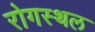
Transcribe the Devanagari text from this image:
रोगस्थल